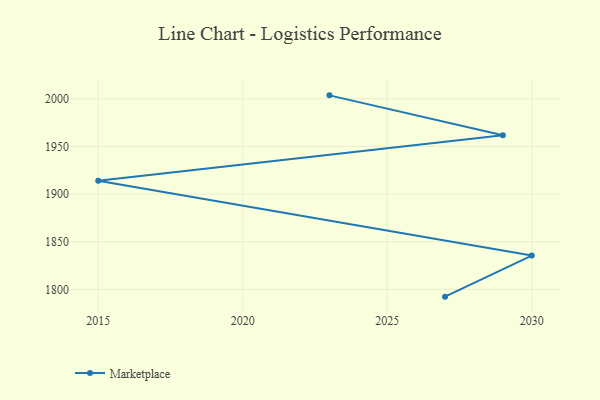
{"axis": {"x": "Year", "y": "Headcount"}, "legend": ["Marketplace"], "data": [{"x": "2023", "y": 2003.6, "type": "Marketplace"}, {"x": "2029", "y": 1961.8, "type": "Marketplace"}, {"x": "2015", "y": 1914.0, "type": "Marketplace"}, {"x": "2030", "y": 1835.5, "type": "Marketplace"}, {"x": "2027", "y": 1792.4, "type": "Marketplace"}]}